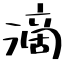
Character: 滴